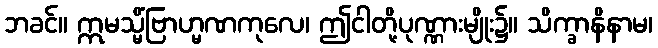
ဘခင်။ ဣမသ္မိံဗြာဟ္မဏကုလေ၊ ဤငါတို့ပုဏ္ဏားမျိုး၌။ သိက္ခာနိနာမ၊